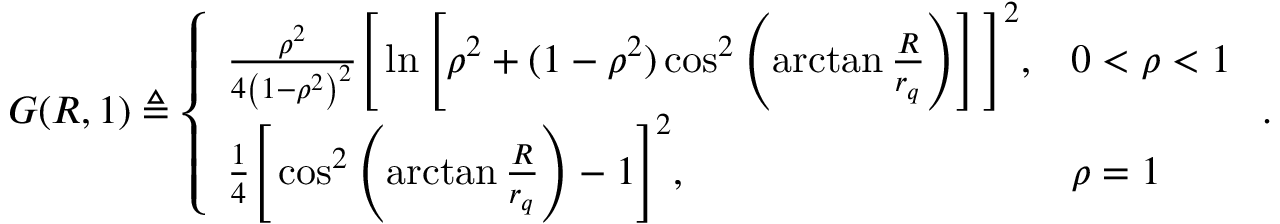
\begin{array} { r } { G ( R , 1 ) \triangleq \left\{ \begin{array} { l l } { \frac { \rho ^ { 2 } } { 4 \left( 1 - \rho ^ { 2 } \right) ^ { 2 } } \Bigg [ \ln \left[ \rho ^ { 2 } + ( 1 - \rho ^ { 2 } ) \cos ^ { 2 } \left( \arctan \frac { R } { r _ { q } } \right) \right] \Bigg ] ^ { 2 } , } & { 0 < \rho < 1 } \\ { \frac 1 4 \Bigg [ \cos ^ { 2 } \left( \arctan \frac { R } { r _ { q } } \right) - 1 \Bigg ] ^ { 2 } , } & { \rho = 1 } \end{array} \right. . } \end{array}